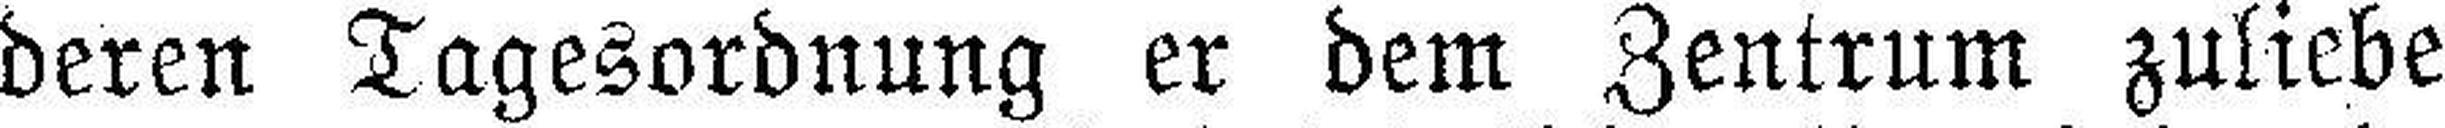
deren Tagesordnung er dem Zentrum zuliebe